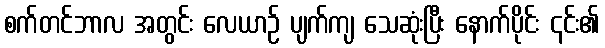
စက်တင်ဘာလ အတွင်း လေယာဉ် ပျက်ကျ သေဆုံးပြီး နောက်ပိုင်း ၎င်း၏